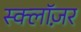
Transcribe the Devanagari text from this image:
स्क्लॉज़र